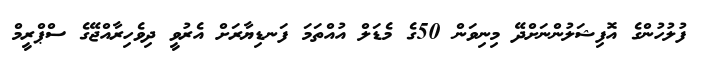
ފުލުހުންގެ އޮފިޝަލުންނަށްދޭ މިނިވަން 50ގެ މެޑަލް އުއްތަމަ ފަނޑިޔާރަށް އެރުވީ ދިވެހިރާއްޖޭގެ ސްޕްރީމް